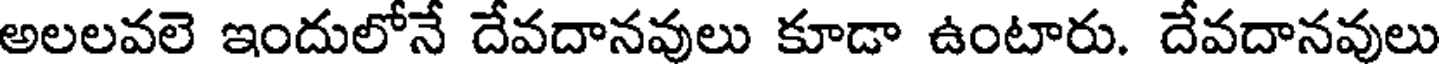
అలలవలె ఇందులోనే దేవదానవులు కూడా ఉంటారు. దేవదానవులు